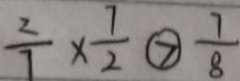
\frac { 2 } { 7 } \times \frac { 7 } { 2 } \textcircled { > } \frac { 7 } { 8 }